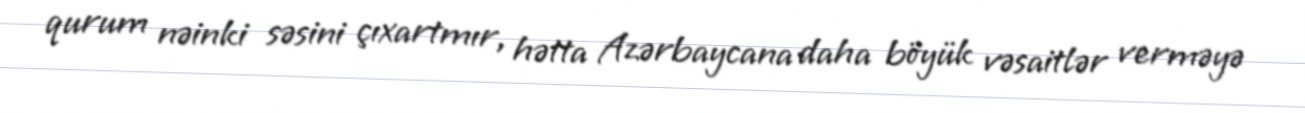
qurum nəinki səsini çıxartmır, hətta Azərbaycana daha böyük vəsaitlər verməyə